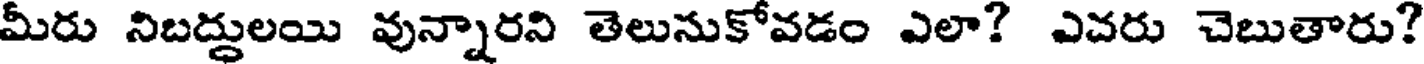
మీరు నిబద్దులయి వున్నారని తెలునుకోవడం ఎలా? ఎచరు చెబుతారు?